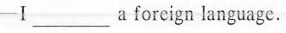
-Ⅰ____aforeign language.